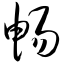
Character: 畅